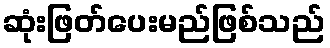
ဆုံးဖြတ်ပေးမည်ဖြစ်သည်